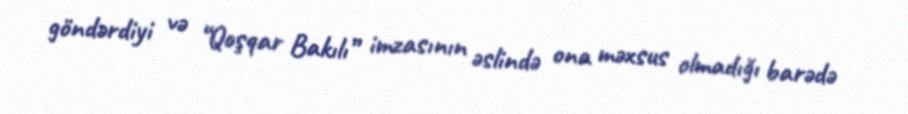
göndərdiyi və “Qoşqar Bakılı” imzasının əslində ona məxsus olmadığı barədə